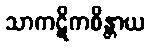
သာကဋိကစိန္တာယ